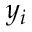
y _ { i }